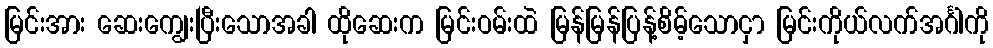
မြင်းအား ဆေးကျွေးပြီးသောအခါ ထိုဆေးက မြင်းဝမ်းထဲ မြန်မြန်ပြန့်စိမ့်သောငှာ မြင်းကိုယ်လက်အင်္ဂါကို